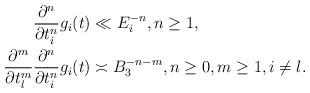
LaTeX: \begin{align*} \frac{\partial^n}{\partial t_i^n} g_i(t) & \ll E_i^{-n}, n \geq 1, \\ \frac{\partial^m}{\partial t_l^m} \frac{\partial^n}{\partial t_i^n} g_i(t) & \asymp B_3^{-n-m}, n \geq 0, m \geq 1, i \not= l. \end{align*}